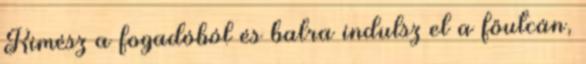
Kimész a fogadóból és balra indulsz el a főutcán,